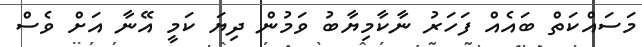
މަސައްކަތް ބައެއް ފަހަރު ނާކާމިޔާބު ވަމުން ދިޔަ ކަމީ އޭނާ އަށް ވެސް